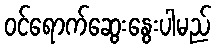
ဝင်ရောက်ဆွေးနွေးပါမည်